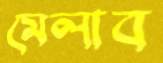
মেলাব